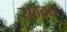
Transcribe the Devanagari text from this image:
सन्दल